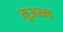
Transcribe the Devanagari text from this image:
मुअम्म्द